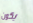
يكون